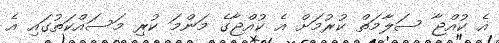
އެ ކުއްޖާ ސަލާމަތް ކުރުމަށް އެ ކުއްޖާގެ މަންމަ ކުރި މަސައްކަތުގައި އެ